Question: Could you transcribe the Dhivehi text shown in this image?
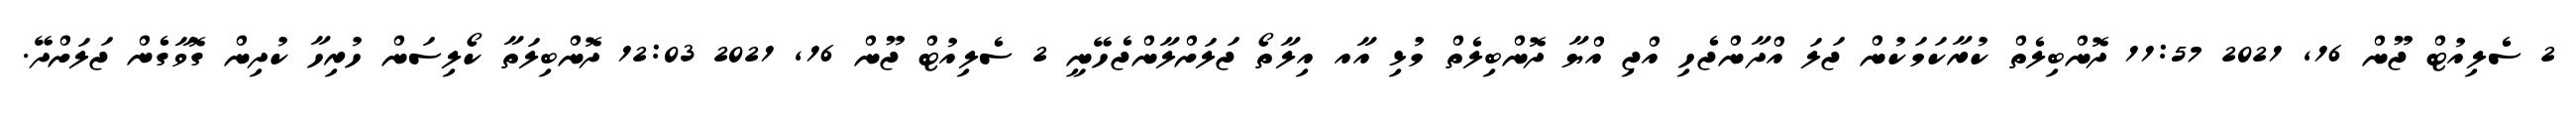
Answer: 2 ސެލިއުޓް ޖޫން 16, 2021 11:57 ދޮންބިލެތް ކުރާކަމަކުން ޖަލަ އްދާންޖެހި އްޖި އްޔާ ދޮންބިލެތް މުޅި އާއ އިލާތޯ ޖަލަށްލާންޖެހޭނީ 2 ސެލިއުޓް ޖޫން 16, 2021 12:03 ދޮންބިލަތާ ކޯލިސަން ހުރިހާ ކުދިން ގޮވާގެން ޖަލަށްދޭ.